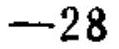
\(-28\)